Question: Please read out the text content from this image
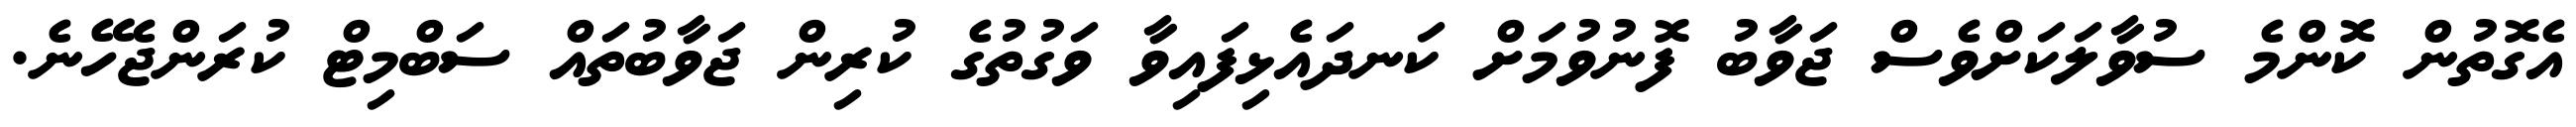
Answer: އެގޮތުން ކޮންމެ ސުވާލަކަށްވެސް ޖަވާބު ފޮނުވުމަށް ކަނދައެޅިފައިވާ ވަގުތުގެ ކުރިން ޖަވާބުތައް ސަބްމިޓް ކުރަންޖެހޭނެ.